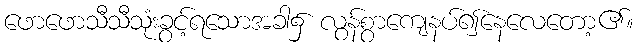
ဖောဖောသီသီသုံးခွင့်ရသောအခါ၌ လွန်စွာကျေနပ်၍နေလေတော့၏။